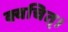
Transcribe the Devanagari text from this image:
क्वचित्‌।